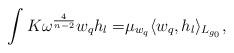
LaTeX: \begin{align*}\int K\omega ^{\frac{4}{n-2}}w_{q}h_{l}= &\mu_{w_{q}}\langle w_{q},h_{l}\rangle_{L_{g_{0}}}, \end{align*}